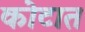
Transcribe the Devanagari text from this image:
कोटात